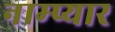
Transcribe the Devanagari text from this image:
नाम्प्यार